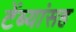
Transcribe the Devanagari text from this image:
टेंब्यांसह